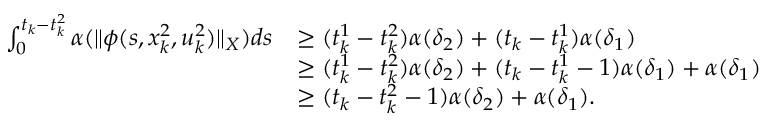
\begin{array} { r l } { \int _ { 0 } ^ { t _ { k } - t _ { k } ^ { 2 } } \alpha ( \| \phi ( s , x _ { k } ^ { 2 } , u _ { k } ^ { 2 } ) \| _ { X } ) d s } & { \geq ( t _ { k } ^ { 1 } - t _ { k } ^ { 2 } ) \alpha ( \delta _ { 2 } ) + ( t _ { k } - t _ { k } ^ { 1 } ) \alpha ( \delta _ { 1 } ) } \\ & { \geq ( t _ { k } ^ { 1 } - t _ { k } ^ { 2 } ) \alpha ( \delta _ { 2 } ) + ( t _ { k } - t _ { k } ^ { 1 } - 1 ) \alpha ( \delta _ { 1 } ) + \alpha ( \delta _ { 1 } ) } \\ & { \geq ( t _ { k } - t _ { k } ^ { 2 } - 1 ) \alpha ( \delta _ { 2 } ) + \alpha ( \delta _ { 1 } ) . } \end{array}